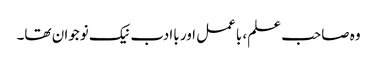
وہ صاحب علم، باعمل اور باادب نیک نوجوان تھا۔